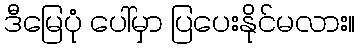
ဒီမြေပုံ ပေါ်မှာ ပြပေးနိုင်မလား။